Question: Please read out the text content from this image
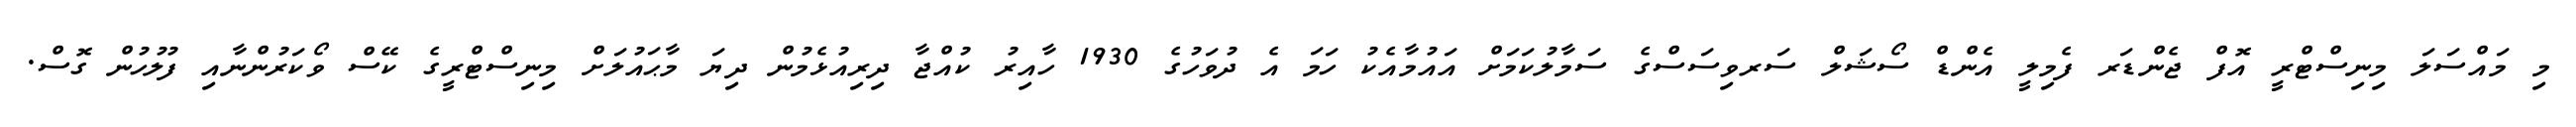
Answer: މި މައްސަލަ މިނިސްޓްރީ އޮފް ޖެންޑަރ ފެމިލީ އެންޑް ސޯޝަލް ސަރވިސަސްގެ ސަމާލުކަމަށް އައުމާއެކު ހަމަ އެ ދުވަހުގެ 1930 ހާއިރު ކުއްޖާ ދިރިއުޅެމުން ދިޔަ މާޙައުލަށް މިނިސްޓްރީގެ ކޭސް ވޯކަރުންނާއި ފުލުހުން ގޮސް.